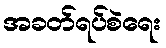
အခတ်ရပ်စဲရေး